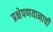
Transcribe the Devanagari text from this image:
प्रक्षेपणयानाची